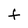
Character: F